Sanitation, dispensaries and jails vaccination Rajputana 1922-1927 - 1922-1927
Year: 1922
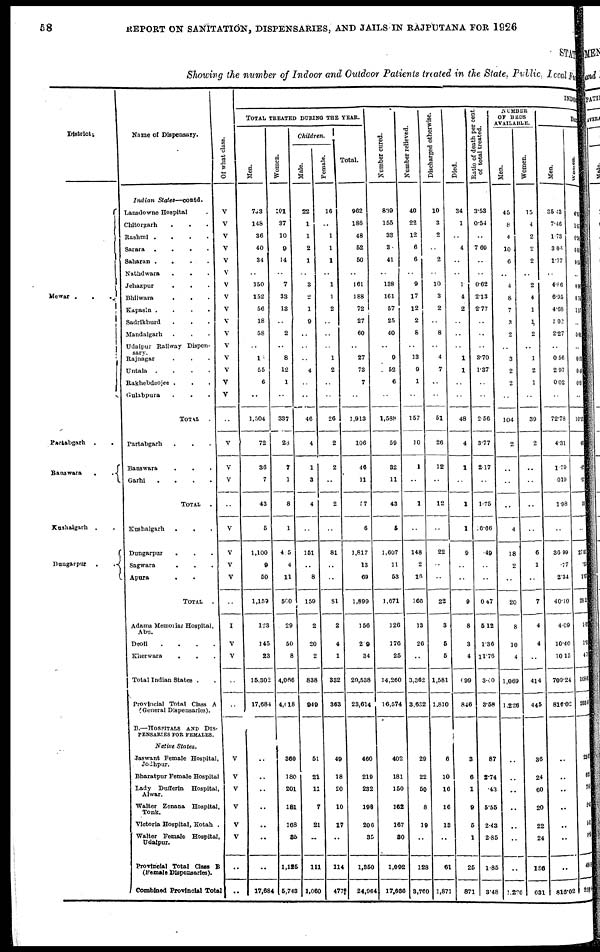
58
REPORT ON SANITATION, DISPENSARIES, AND JAILS IN RAJPUTANA FOR 1926
STATE
Showing the number of Indoor and Outdoor Patients treated in the State, Public, Local Fun
District.
Mewar .
.
.
Partabgarh . .
Banswara
.
.
Kushalgarh . .
Dungarpur .
.
Name of Dispensary.
Indian States—contd.
Lansdowne Hospital .
Chitorgarh . . .
Rashmi . . .
Sarara .
.
.
.
Saharan
.
.
. .
Nathdwara . . .
Jehazpur . . .
Bhilwara . . .
Kapasin .
.
.
.
Sadrikhurd . . .
Mandalgarh . . .
Udaipur Railway Dispen-
sary.
Rajnagar
.
.
Untala .
.
.
.
Rakhebdeojee . . .
Gulabpura . .
TOTAL .
Partabgarh . . .
Banswara
.
. .
Garhi
.
.
.
.
TOTAL .
Kushalgarh
.
.
Dungarpur
. . .
Sagwara . . .
Apura
. .
TOTAL
.
Adams Memorial Hospital,
Abu.
Deoli
.
.
.
.
Kherwara
.
.
Total Indian States . .
Provincial Total Class A
(General Dispensaries).
B.—HOSPITALS AND DIS-
--------- FOR FEMALES.
Native States.
Jaswant Female Hospital
Jodhpur.
Bharatpur Female Hospital
Lady Dufferin Hospital,
Alwar.
Walter Zenana Hospital,
Tonk.
Victoria Hospital, Kotah.
Walter Female Hospital
Udaipur.
Provincial Total Class B
(Female Dispensaries).
Combined Provincial Total
Of what class.
V
V
V
V
V
V
V
V
V
V
V
V
V
V
V
V
..
V
V
V
..
V
V
V
V
..
I
V
V
..
..
V
V
V
V
V
V
..
..
INDOOR
TOTAL TREATED DURING THE YEAR.
Men.
733
148
36
40
34
..
150
152
50
18
58
..
18
55
6
..
1,504
72
36
7
43
5
1,100
9
50
1,159
123
145
23
16,302
17,684
..
..
..
..
..
..
.
17,684
Women.
191
37
10
9
14
..
7
33
13
..
2
..
8
12
1
..
337
23
7
1
8
1
415
4
11
500
29
50
8
4,066
4,018
360
180
201
181
168
34
1,125
5,743
Children.
Male.
22
1
1
2
1
..
3
2
1
9
..
..
..
4
..
..
46
4
1
3
4
..
151
..
8
159
2
20
2
838
949
51
21
11
7
21
..
111
1,060
Female
16
..
1
1
1
..
1
1
2
..
..
..
1
2
..
..
26
2
2
..
2
..
81
..
..
81
2
4
1
332
363
49
18
20
10
17
..
114
477
Total.
962
186
48
52
50
..
161
188
72
27
60
..
27
73
7
..
1,913
106
46
11
57
6
1,817
13
69
1,899
156
209
34
20,538
23,614
460
219
232
198
206
35
1,350
24,964
Number cured.
839
155
33
3
41
..
138
161
57
25
40
..
9
52
6
..
1,588
59
32
11
43
5
1,607
11
53
1,671
126
176
25
14,260
16,574
402
181
160
162
167
30
1,092
4 17,666
Number relieved.
40
22
12
6
6
..
9
17
12
2
8
..
13
9
1
..
157
10
1
..
1
..
148
2
16
166
13
26
..
3,362
3,632
29
22
50
8
19
..
128
3,760
Discharged otherwise.
10
3
2
..
2
..
10
3
2
..
8
..
4
7
..
..
51
26
12
..
12
..
22
..
..
22
3
5
5
1,581
1,810
6
10
16
16
13
..
61
1,871
Died.
34
1
..
4
..
..
1
4
2
..
..
..
1
1
..
..
48
4
1
..
1
1
9
..
..
9
8
3
4
0.99
846
3
6
1
9
5
1
26
871
Ratio of deaths per cent.
of total treated.
3.53
0.54
..
7.69
..
..
0.62
213
2.77
..
..
3.70
1.37
..
..
2.56
377
2.17
..
1.75
6.66
49
..
..
0.47
5.12
1.36
11.76
3.40
3.58
87
2.74
.43
5.55
2.43
2.85
1.85
3.48
NUMBER
OF BEDS
AVAILABLE.
Men.
45
8
4
10
6
..
4
8
7
3
2
..
3
2
2
..
104
2
..
..
..
4
18
2
..
20
8
10
4
1,069
1,226
..
..
..
..
..
..
..
1.236
Women.
15
4
2
2
2
..
2
4
1
1
2
..
1
2
1
..
39
2
..
..
..
..
6
1
..
7
4
4
..
414
446
36
24
60
20
22
24
186
631
DAILY
Men.
35.43
7.46
1.73
3.06
1.77
..
4.86
6.95
4.68
1.02
2.27
..
0.56
2.97
0.02
..
72.78
4.31
1.79
019
198
..
36.99
.77
2.34
40.10
4.09
10.40
10.15
709.24
816.02
..
..
..
..
..
..
..
816.02
4. 83
1.57
0.50
0.81
0.15
..
0.06
0.76
1. 07
..
0.01
..
0.30
0.46
0.01
..
10.93
.96
.62
.01
.64
..
27. 07
. 39
1.07
28.51
1.93
1.90
4.71
168.6
203.45
23.8
6.3
7.88
5.43
5.31
0.14
48.9
252.1